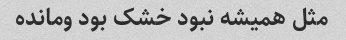
مثل همیشه نبود خشک بود ومانده